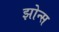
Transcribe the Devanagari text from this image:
झोन्स